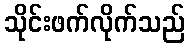
သိုင်းဖက်လိုက်သည်